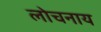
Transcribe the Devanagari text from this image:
लोचनाय